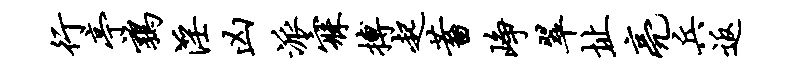
行亭鹑淫凶派寐搏起蓄峥翠址亮兵返